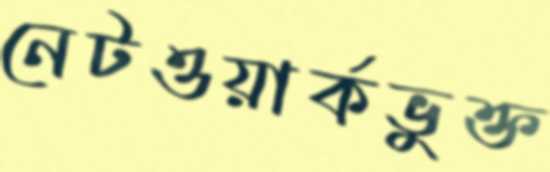
নেটওয়ার্কভুক্ত